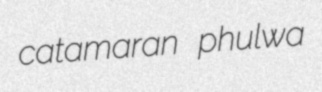
catamaran phulwa